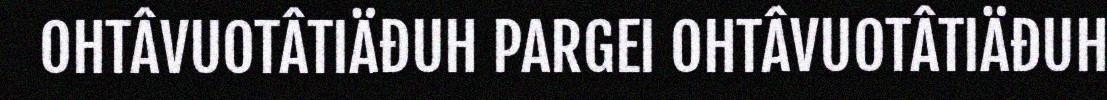
OHTÂVUOTÂTIÄĐUH PARGEI OHTÂVUOTÂTIÄĐUH